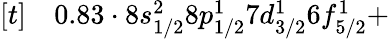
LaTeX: \begin{array}{rl}{[t]}&{{}0.83\cdot 8s_{1/2}^{2}8p_{1/2}^{1}7d_{3/2}^{1}6f_{5/2}^{1}+}\end{array}